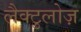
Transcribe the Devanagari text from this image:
लैक्टुलोज़